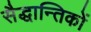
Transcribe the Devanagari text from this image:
सैद्धान्तिकों